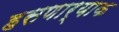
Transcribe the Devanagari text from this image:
हसणार्‍याक